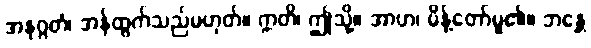
အနုဂ္ဂတံ၊ အန်ထွက်သည်မဟုတ်။ ဣတိ၊ ဤသို့။ အာဟ၊ မိန့်တော်မူ၏။ ဘန္တေ